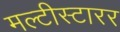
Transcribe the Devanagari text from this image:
मल्टीस्टारर